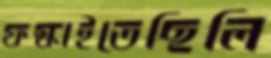
ফস্‌কাইতেছিলি